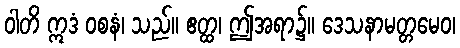
ဝါတိ ဣဒံ ဝစနံ၊ သည်။ ဧတ္ထ၊ ဤအရာ၌။ ဒေသနာမတ္တမေဝ၊